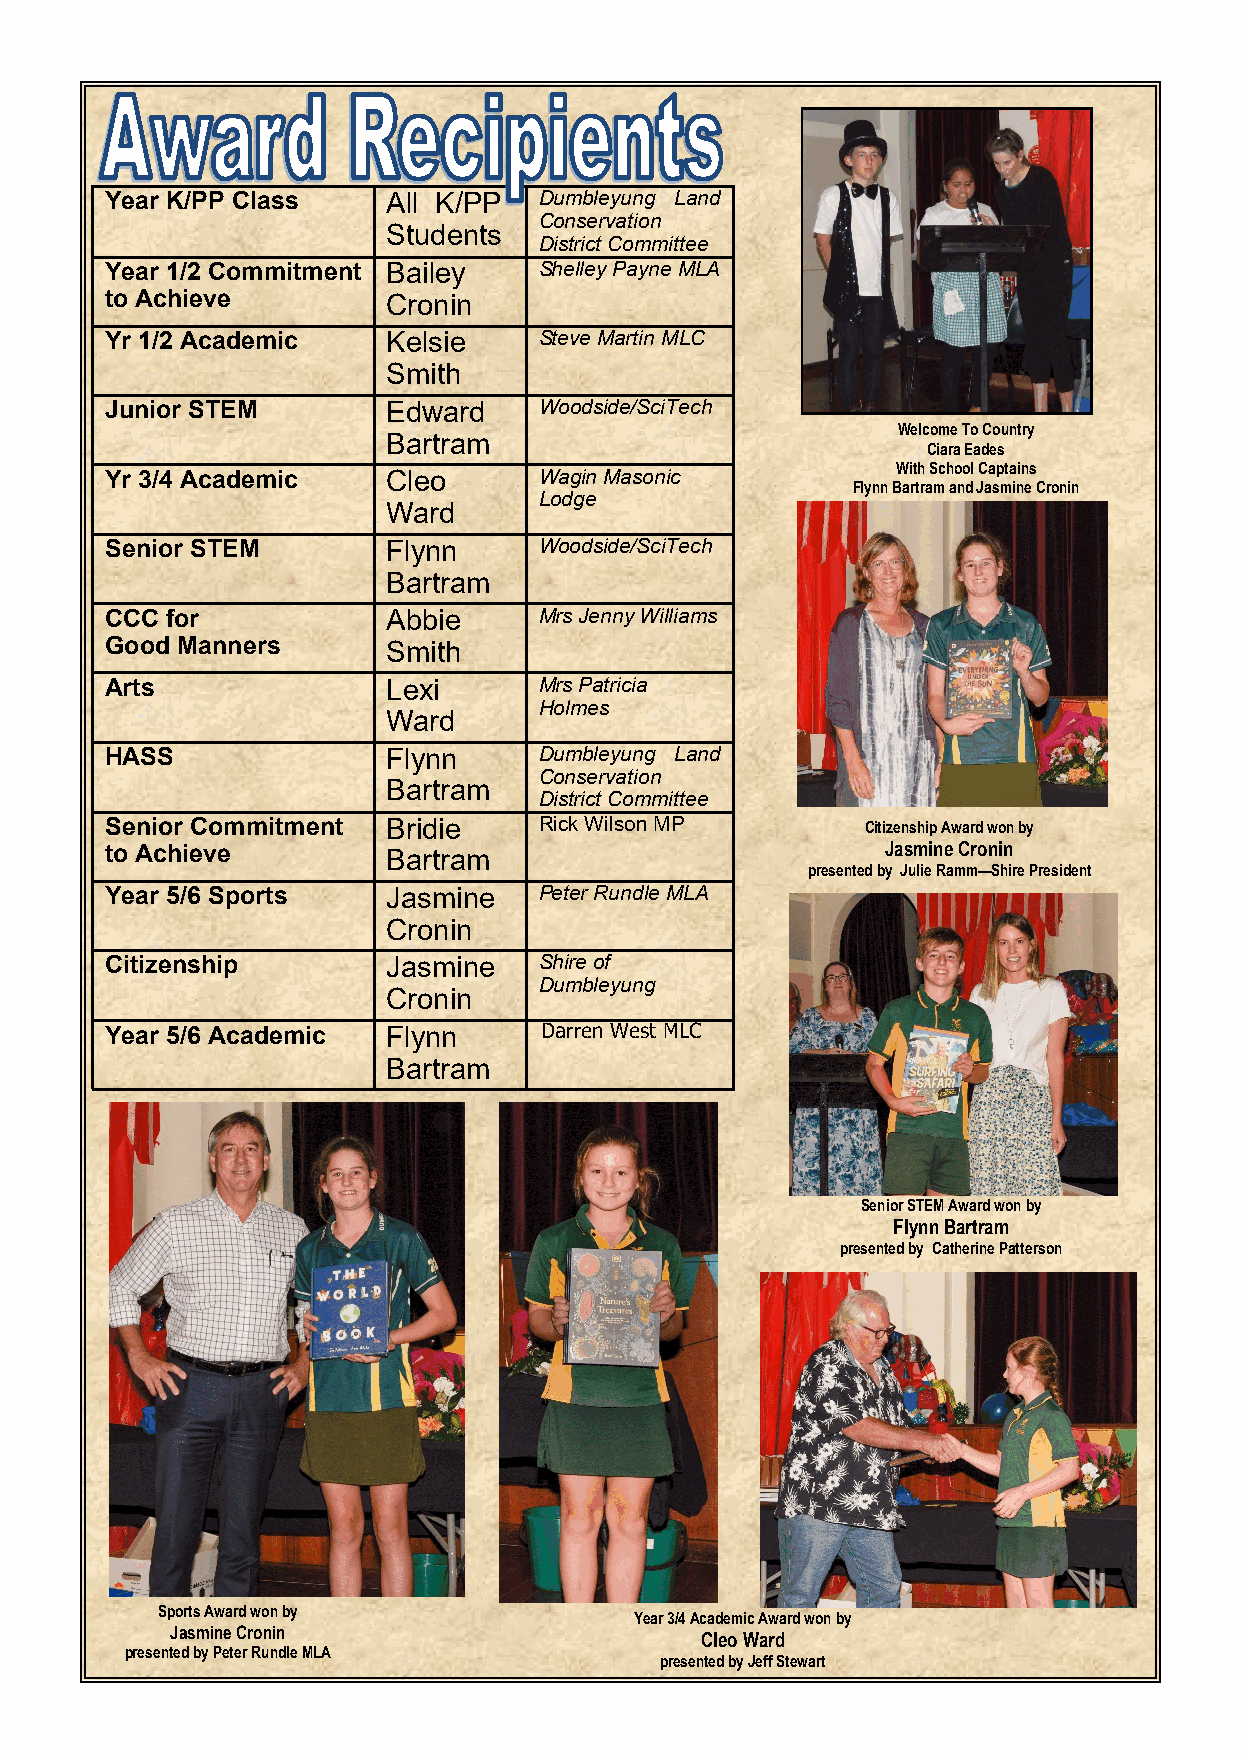
Year K/PP Class    All K/PP  Dumbleyung Land
 Conservation
 Students
 District Committee
 Year 1/2 Commitment Bailey   Shelley Payne MLA
 to Achieve         Cronin
 Yr 1/2 Academic    Kelsie    Steve Martin MLC
 Smith
 Junior STEM        Edward    Woodside/SciTech
 Welcome To Country
 Bartram
 Ciara Eades
 Yr 3/4 Academic    Cleo      Wagin Masonic
 With School Captains
 Flynn Bartram and Jasmine Cronin
 Lodge
 Ward
 Senior STEM        Flynn     Woodside/SciTech
 Bartram
 CCC for            Abbie     Mrs Jenny Williams
 Good Manners       Smith
 Arts               Lexi      Mrs Patricia
 Holmes
 Ward
 HASS               Flynn     Dumbleyung Land
 Conservation
 Bartram
 District Committee
 Senior Commitment  Bridie    Rick Wilson MP       Citizenship Award won by
 to Achieve         Bartram                          Jasmine Cronin
 presented by Julie Ramm—Shire President
 Year 5/6 Sports    Jasmine   Peter Rundle MLA
 Cronin
 Citizenship        Jasmine   Shire of
 Dumbleyung
 Cronin
 Year 5/6 Academic  Flynn     Darren West MLC
 Bartram
 Senior STEM Award won by
 Flynn Bartram
 presented by Catherine Patterson
 Sports Award won by
 Year 3/4 Academic Award won by
 Jasmine Cronin
 Cleo Ward
 presented by Peter Rundle MLA
 presented by Jeff Stewart